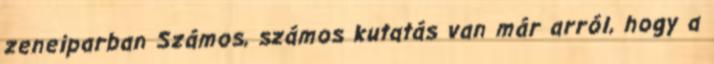
zeneiparban Számos, számos kutatás van már arról, hogy a